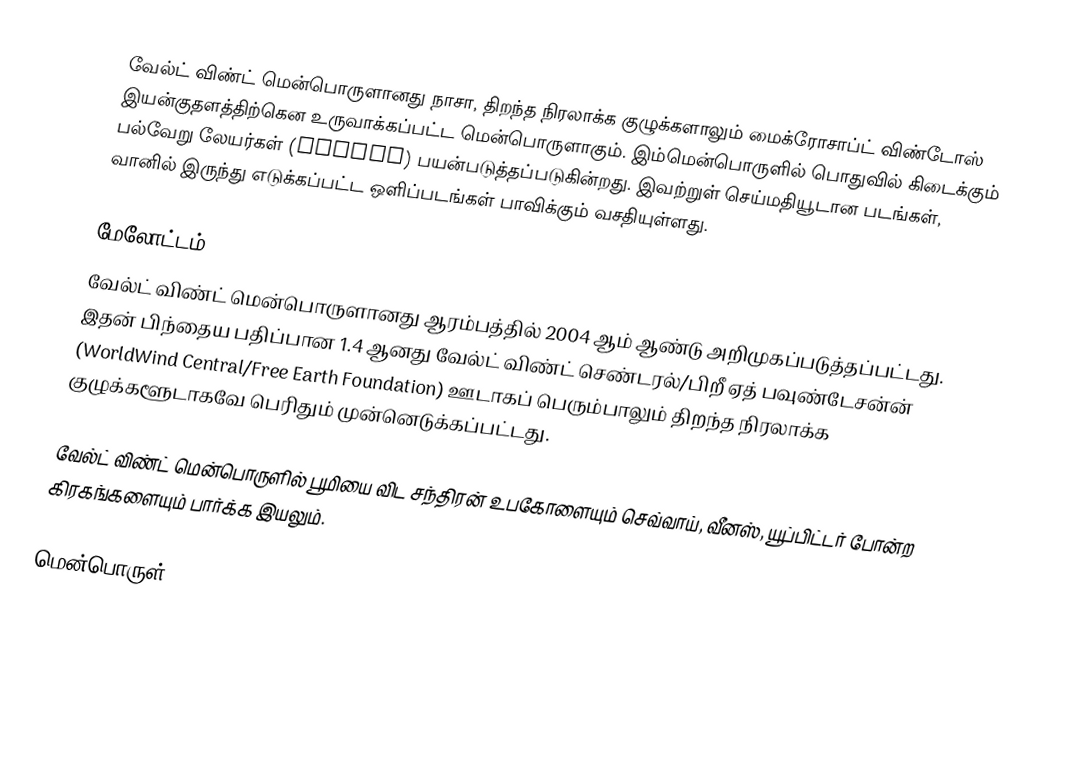
வேல்ட் விண்ட் மென்பொருளானது நாசா, திறந்த நிரலாக்க குழுக்களாலும் மைக்ரோசாப்ட் விண்டோஸ் இயன்குதளத்திற்கென உருவாக்கப்பட்ட மென்பொருளாகும். இம்மென்பொருளில் பொதுவில் கிடைக்கும் பல்வேறு லேயர்கள் (Layers) பயன்படுத்தப்படுகின்றது. இவற்றுள் செய்மதியூடான படங்கள், வானில் இருந்து எடுக்கப்பட்ட ஒளிப்படங்கள் பாவிக்கும் வசதியுள்ளது.

மேலோட்டம்
வேல்ட் விண்ட் மென்பொருளானது ஆரம்பத்தில் 2004 ஆம் ஆண்டு அறிமுகப்படுத்தப்பட்டது. இதன் பிந்தைய பதிப்பான 1.4 ஆனது வேல்ட் விண்ட் செண்டரல்/பிறீ ஏத் பவுண்டேசன்ன் (WorldWind Central/Free Earth Foundation) ஊடாகப் பெரும்பாலும் திறந்த நிரலாக்க குழுக்களூடாகவே பெரிதும் முன்னெடுக்கப்பட்டது.

வேல்ட் விண்ட் மென்பொருளில் பூமியை விட சந்திரன் உபகோளையும்  செவ்வாய், வீனஸ், யூப்பிட்டர் போன்ற கிரகங்களையும் பார்க்க இயலும்.

மென்பொருள்